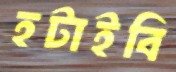
হটাইবি